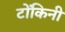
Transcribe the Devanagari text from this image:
टोंकिनी